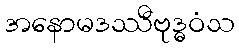
အနောမဒဿီဗုဒ္ဓဝံသ